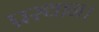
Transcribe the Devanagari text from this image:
प्रस्थान।